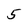
Character: 5